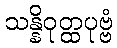
သန္နိဝုတ္ထပုဗ္ဗံ